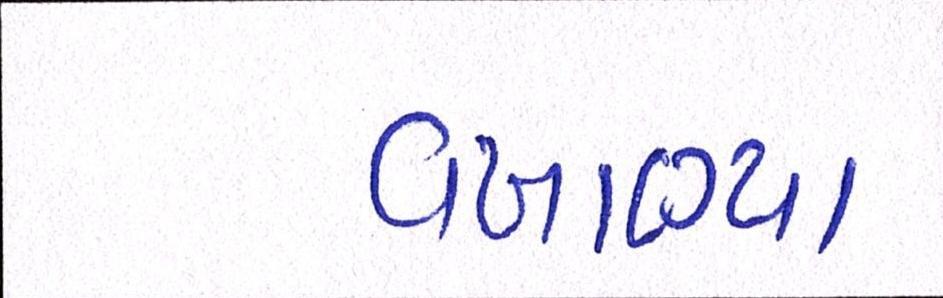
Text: વખાણ્યા